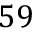
5 9